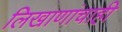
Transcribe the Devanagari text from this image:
लिखाणांचाही